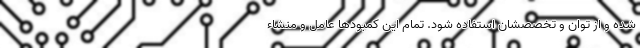
شده و از توان و تخصصشان استفاده شود. تمام این کمبودها عامل و منشاء